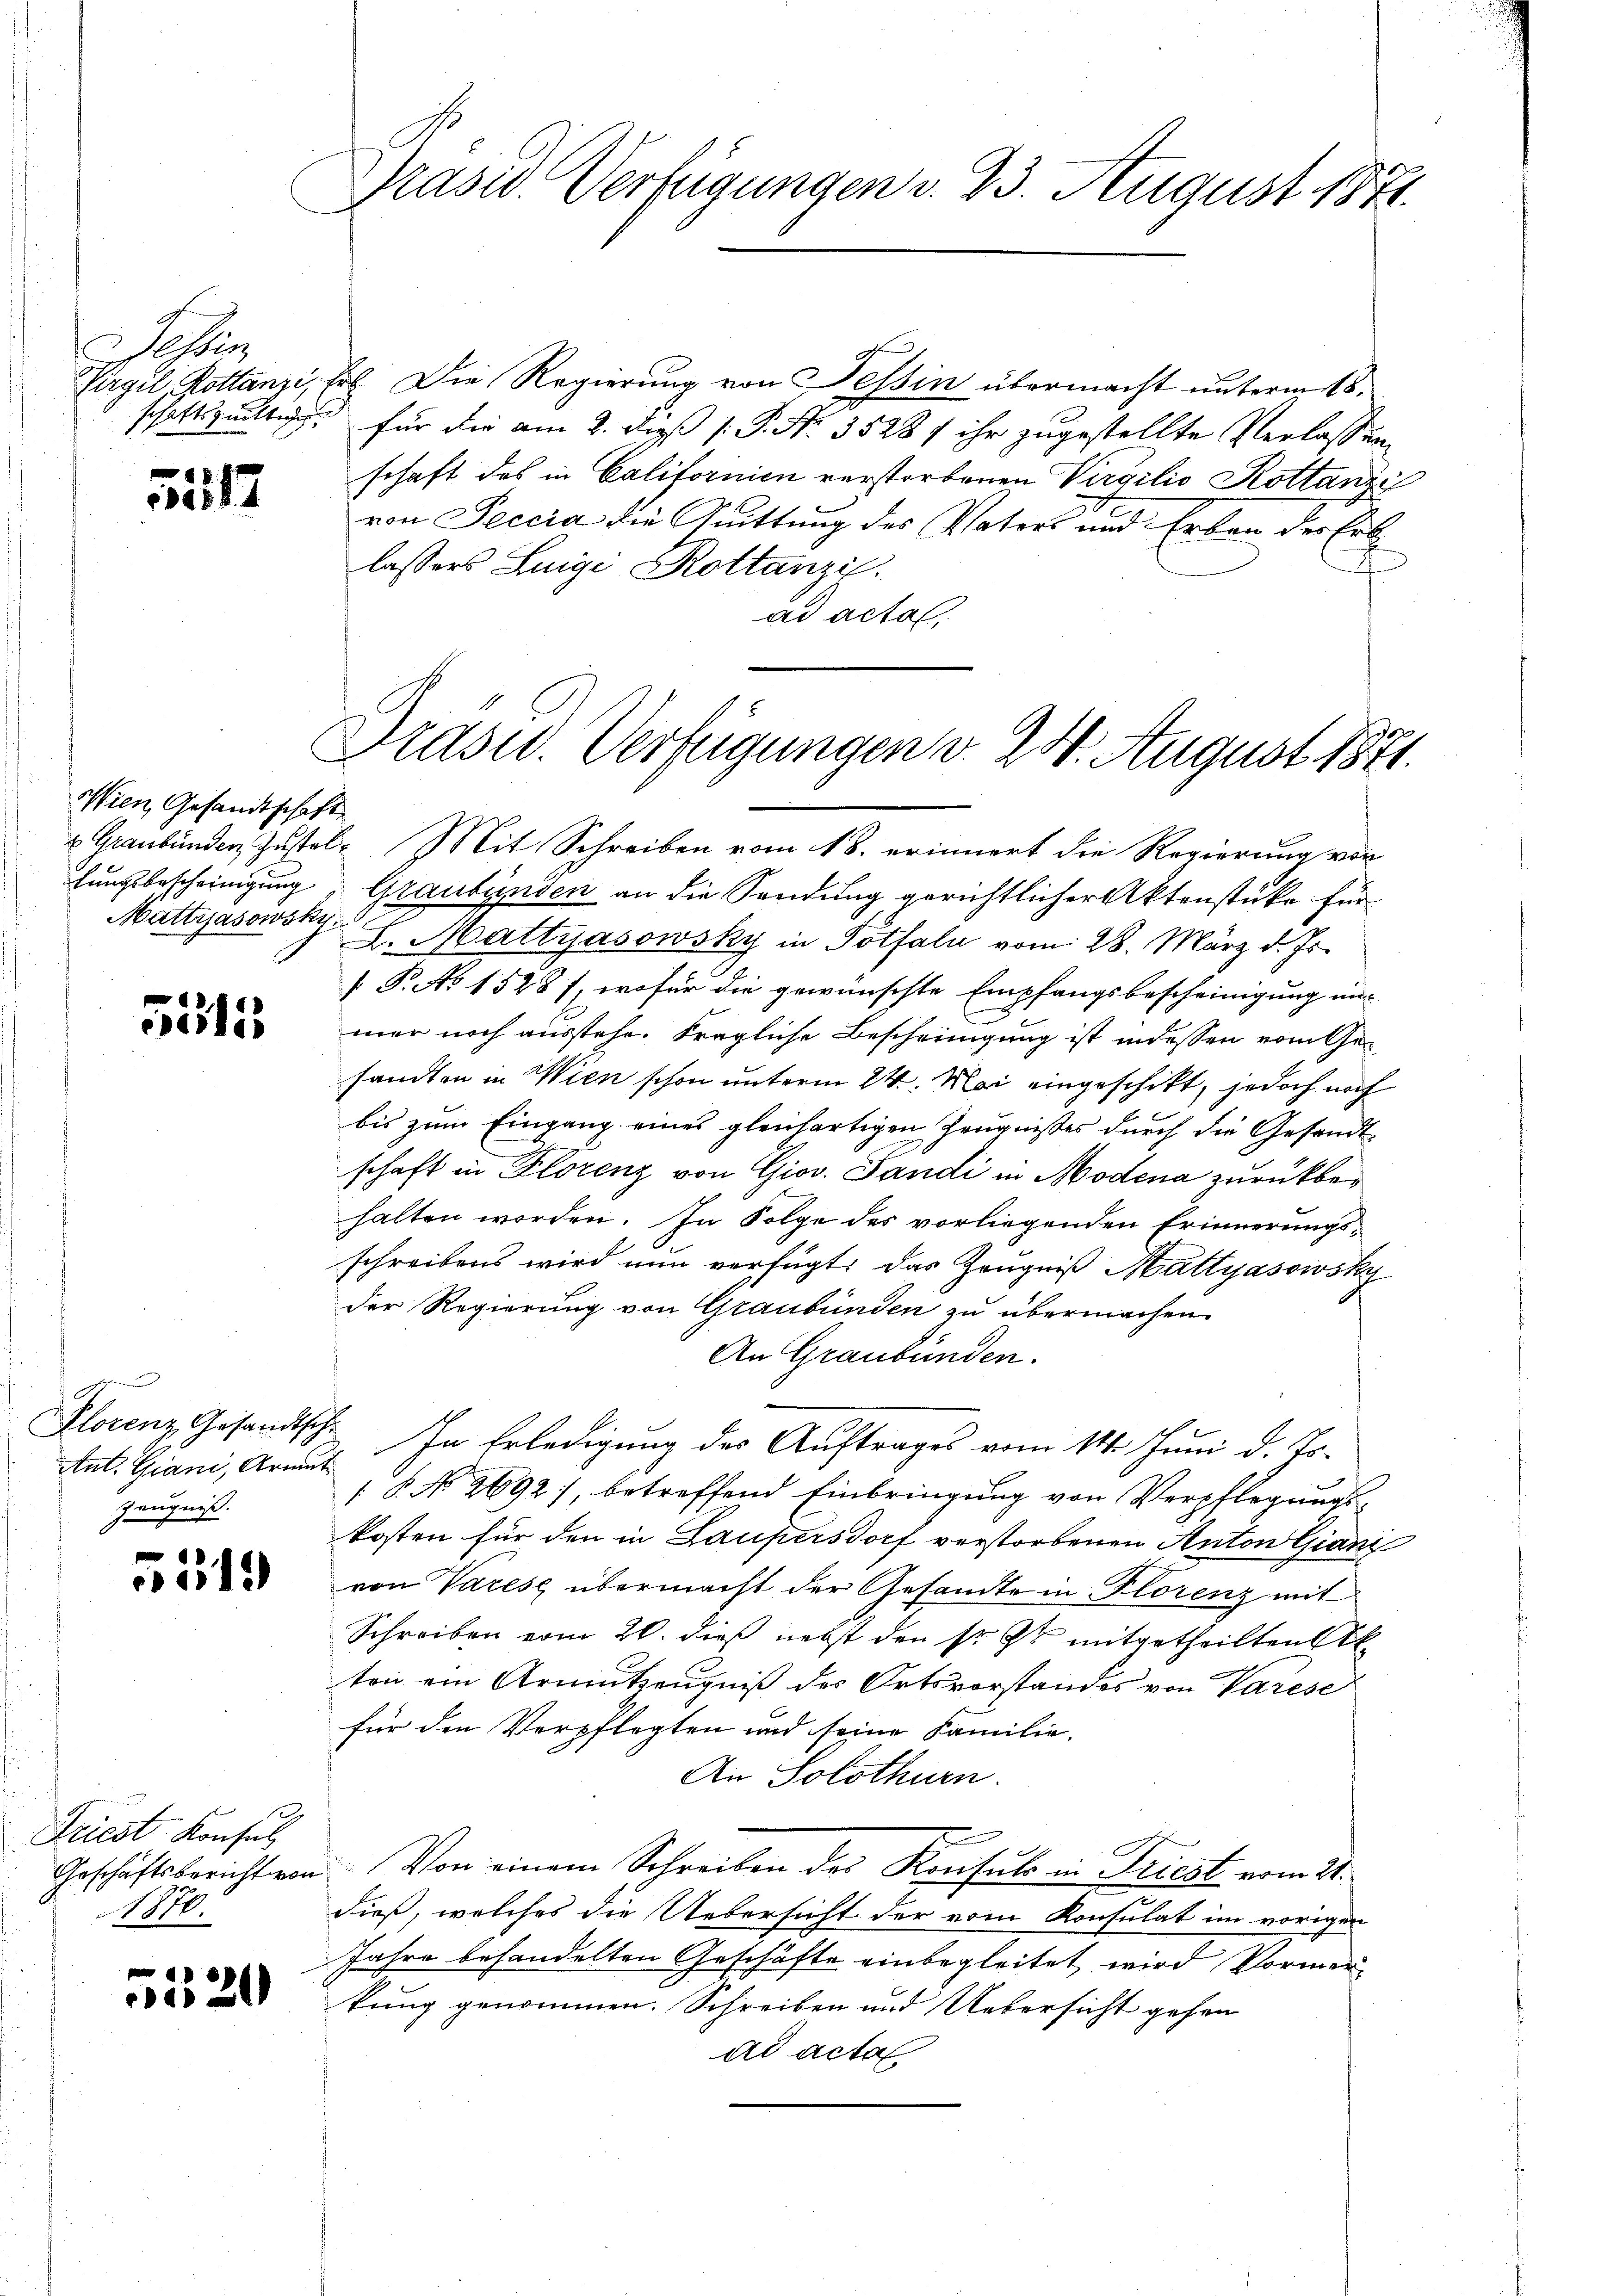
Tessin
schaftsgültigen

5212

Wien Gesandtschaft
hungsbescheinigung
Mattiasowsky.

.
cerles

Ant. Giani, Armut
Zeugniß.

5519

Friest Konsul
1870.

520

Prasis. Verfügungen v. 23. August 1871.

Virgil Kottanzi, Frl. Die Regierung von Tessin übermacht unterm 18.
für die am 2. dieß P. P. Nr. 3528 f ihr zugestellte Verlassung
schaft des in Californien verstorbenen Virgilio Kottanzi
von Peccia die Suittung des Vaters und Erben der Erb¬
J
lassers Luigi Kottanzi
ad acta.

Drasur. Verfügungen v. 24. August 1871.

& Graubünden Zustel- Mit Schreiben vom 18. erinnert die Regierung von
Graubünden an die Sendung gerichtlicher Aktenstüke für
L. Mattyasowsky in Totfaln vom 28. März d. Js.
[P. Ao 1528), wofür die gewünschte Empfangsbescheinigung um
mer noch ausstehe. Fragliche Bescheinigung ist indessen vom Gesandten in Wien schon unterm 24. Mai eingeschikt, jedoch noch
bis zum Eingang eines gleichartigen Zeugnisses durch die Gesandtschaft in Florenz von Giov. Sandi in Modena zurückbehalten worden. In Folge des vorliegenden Erinnerungsschreibens wird nun verfügt: das Zeugniß Hattyasowsky
der Regierung von Graubünden zu übermachen.
An Graubünden.
Florenz Gesandtsch. In Erledigŭng des Aŭftrages vom 14. Juni d. Js.
18. No. 2692), betreffend Einbringŭng von Verpflegŭngs-
kosten für den in Laupersdorf verstorbenen Anton Giani
von Varese übermacht der Gesandte in Florenz mit
Schreiben vom 20. dieß nebst den sr. Er mitgetheilten
ton ein Armutzeugniß des Ortsvorstandes von Varese
für den Verpflegten und seine Familie.
An Solothurn.
Geschäftsbericht von Von einem Schreiben des Konsuls in Triest vom 21.
dieß, welches die Uebersicht der vom Konsulat im vorigen
Jahre behandelten Geschäfte einbegleitet wird Vormerkung genommen. Schreiben und Uebersicht gehen
ad acta